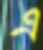
এ